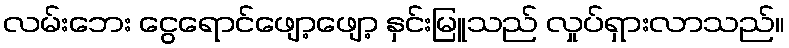
လမ်းဘေး ငွေရောင်ဖျော့ဖျော့ နှင်းမြူသည် လှုပ်ရှားလာသည်။